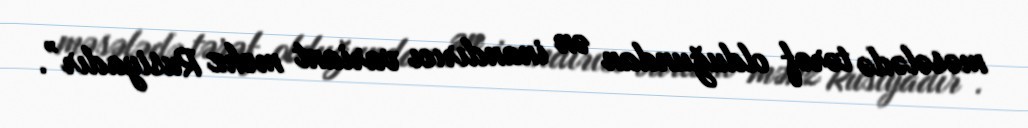
məsələdə tərəf olduğundan ən inandırıcı variant məhz Rusiyadır”.